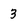
Character: 3